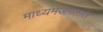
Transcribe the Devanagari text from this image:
माध्यमजगतात